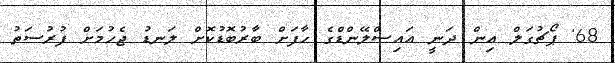
68' ޕޯޗުގަލް އިން ދަނީ އައިސްލޭންޑްގެ ހާފަށް ބާރުބޮޑުކޮށް ލަނޑު ޖެހުމަށް ފުރުސަތު